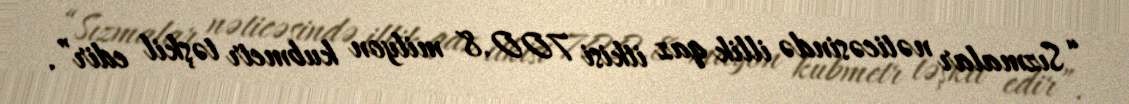
“Sızmalar nəticəsində illik qaz itkisi 700.8 milyon kubmetr təşkil edir”.